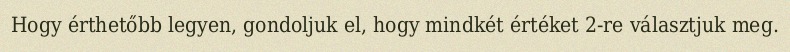
Hogy érthetőbb legyen, gondoljuk el, hogy mindkét értéket 2-re választjuk meg.